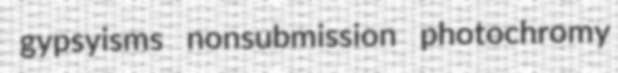
gypsyisms nonsubmission photochromy